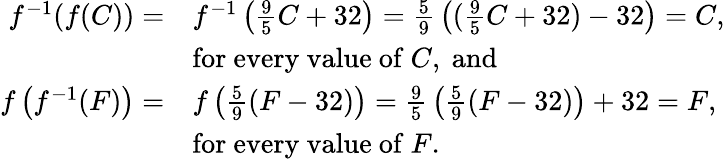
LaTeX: {\begin{array}{rl}{f^{-1}(f(C))=}&{f^{-1}\left({\frac{9}{5}}C+32\right)={\frac{5}{9}}\left(({\frac{9}{5}}C+32)-32\right)=C,}\\ &{{\mathrm{for~every~value~of~}}C,{\mathrm{~and~}}}\\ {f\left(f^{-1}(F)\right)=}&{f\left({\frac{5}{9}}(F-32)\right)={\frac{9}{5}}\left({\frac{5}{9}}(F-32)\right)+32=F,}\\ &{{\mathrm{for~every~value~of~}}F.}\end{array}}